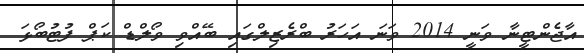
އާޖެންޓީނާ ވަނީ 2014 ވަނަ އަހަރު ބްރެޒިލްގައި ބޭއްވި ވޯލްޑް ކަޕް ފުޓުބޯޅަ